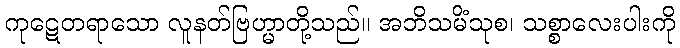
ကုဋေတရာသော လူနတ်ဗြဟ္မာတို့သည်။ အဘိသမိံသုစ၊ သစ္စာလေးပါးကို